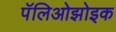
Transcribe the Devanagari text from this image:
पॅलिओझोइक